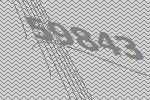
59843